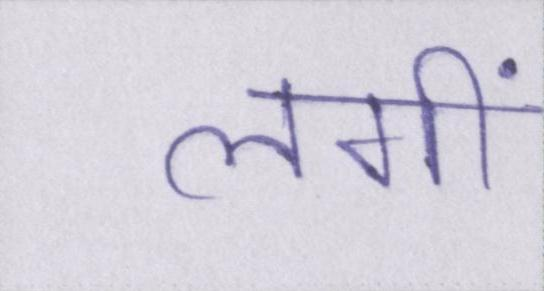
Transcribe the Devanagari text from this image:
लगीं